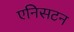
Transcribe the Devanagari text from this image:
एनिसटन